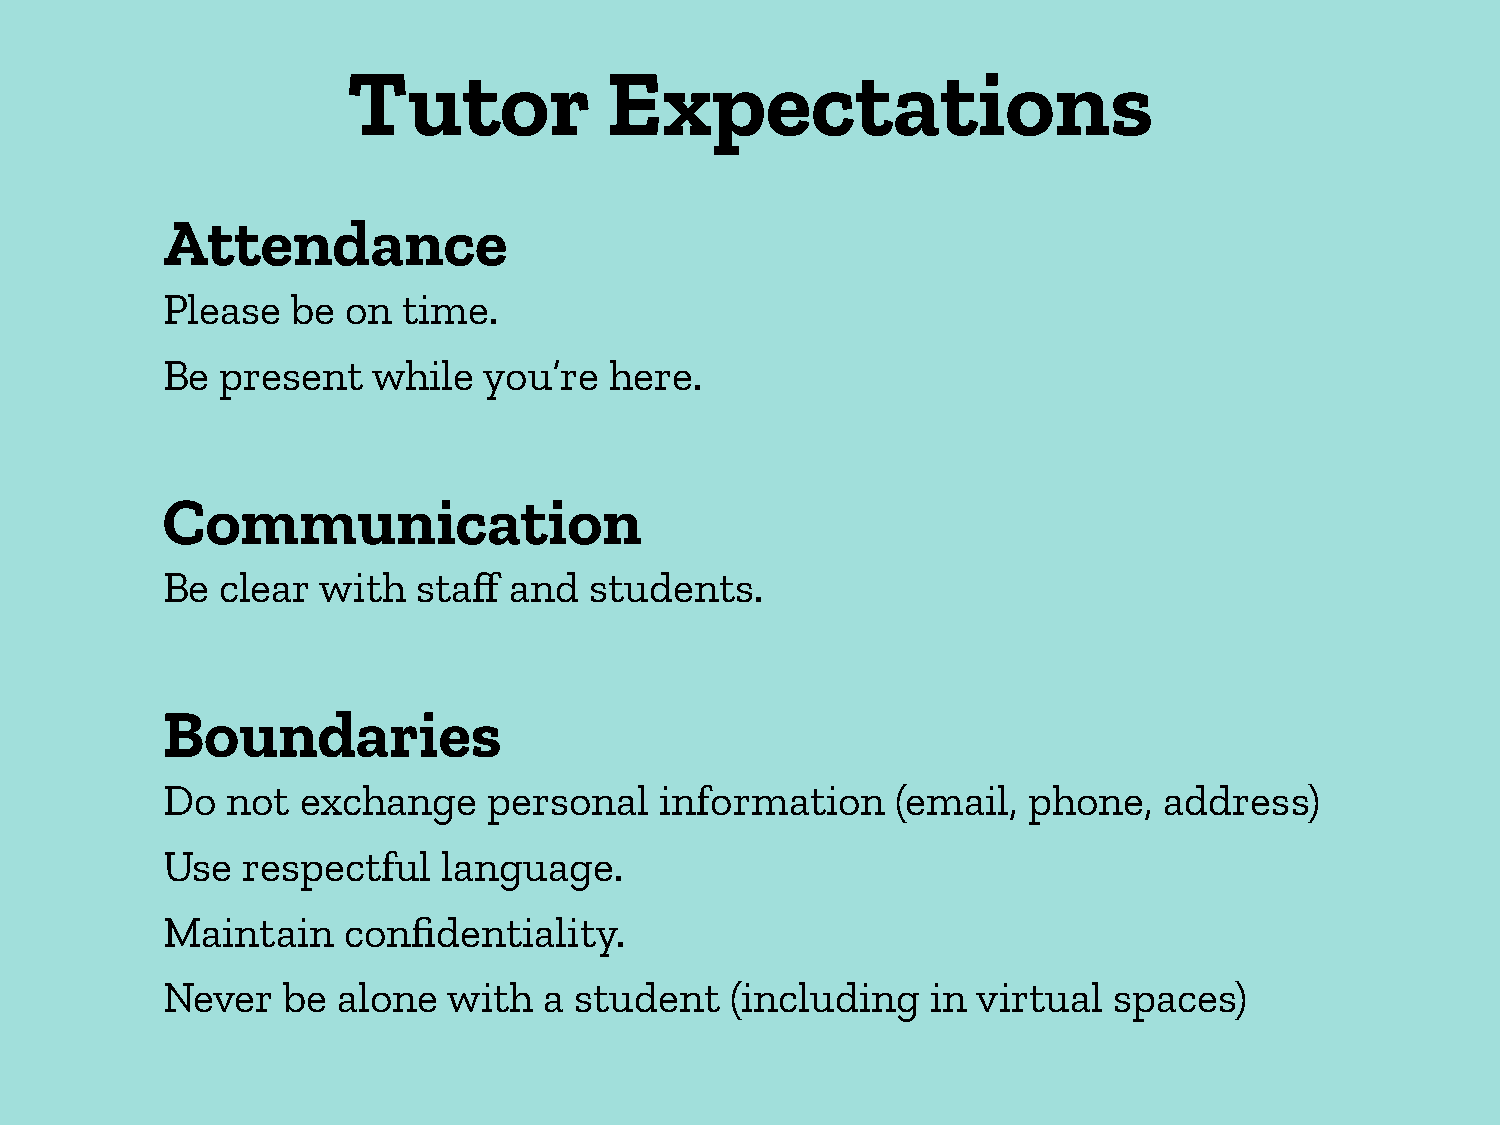
Tutor            Expectations
 Attendance
 Please  be  on  time.
 Be  present   while  you’re  here.
 Communication
 Be  clear with   staff and  students.
 Boundaries
 Do  not  exchange    personal    information    (email,  phone,   address)
 Use  respectful   language.
 Maintain    confidentiality.
 Never   be alone   with  a student   (including    in virtual  spaces)